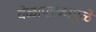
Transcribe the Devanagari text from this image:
वेळापत्रकामुळे